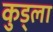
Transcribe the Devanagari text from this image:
कुड्ला